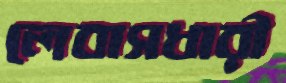
লেবাসধারী